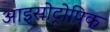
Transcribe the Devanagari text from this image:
आइसोट्रोपिक